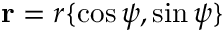
\mathbf { r } = r \{ \cos \psi , \sin \psi \}